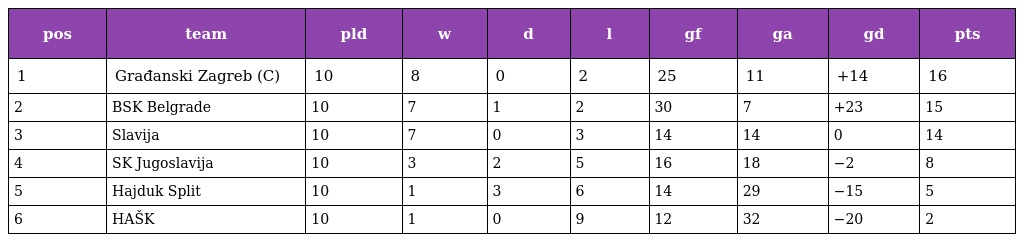
| pos | team | pld | w | d | l | gf | ga | gd | pts |
 | --- | --- | --- | --- | --- | --- | --- | --- | --- | --- |
 | 1 | Građanski Zagreb (C) | 10 | 8 | 0 | 2 | 25 | 11 | +14 | 16 |
 | 2 | BSK Belgrade | 10 | 7 | 1 | 2 | 30 | 7 | +23 | 15 |
 | 3 | Slavija | 10 | 7 | 0 | 3 | 14 | 14 | 0 | 14 |
 | 4 | SK Jugoslavija | 10 | 3 | 2 | 5 | 16 | 18 | −2 | 8 |
 | 5 | Hajduk Split | 10 | 1 | 3 | 6 | 14 | 29 | −15 | 5 |
 | 6 | HAŠK | 10 | 1 | 0 | 9 | 12 | 32 | −20 | 2 |